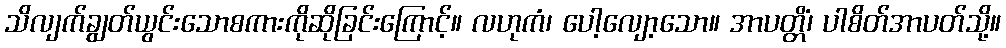
သိလျက်ချွတ်ယွင်းသောစကားကိုဆိုခြင်းကြောင့်။ လဟုကံ၊ ပေါ့လျော့သော။ အာပတ္တိံ၊ ပါစိတ်အာပတ်သို့။